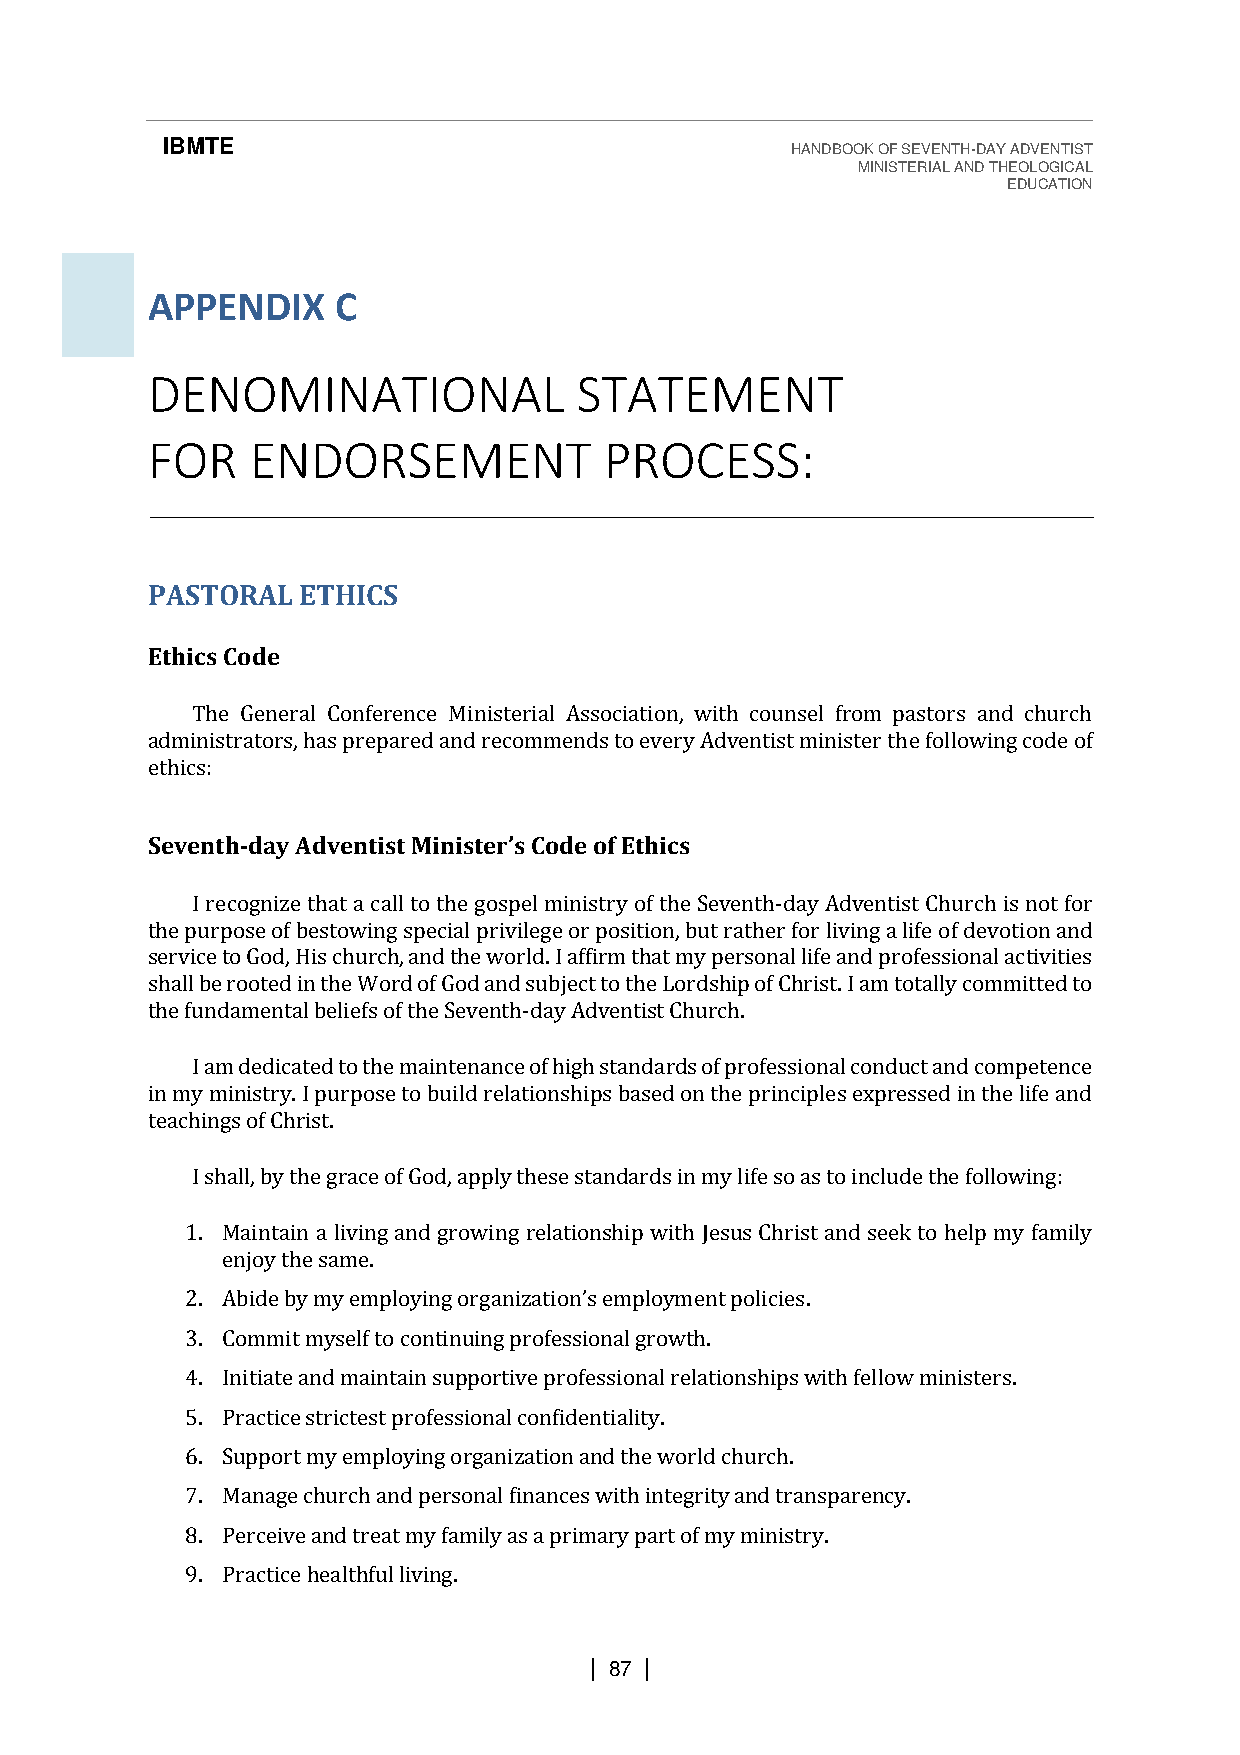
IBMTE                                    HANDBOOK OF SEVENTH-DAY ADVENTIST
 MINISTERIAL AND THEOLOGICAL
 EDUCATION
 APPENDIX    C
 DENOMINATIONAL              STATEMENT
 FOR    ENDORSEMENT            PROCESS:
 PASTORAL  ETHICS
 Ethics Code
 The General Conference Ministerial Association, with counsel from pastors and church
 administrators, has prepared and recommends to every Adventist minister the following code of
 ethics:
 Seventh-day Adventist Minister’s Code of Ethics
 I recognize that a call to the gospel ministry of the Seventh-day Adventist Church is not for
 the purpose of bestowing special privilege or position, but rather for living a life of devotion and
 service to God, His church, and the world. I affirm that my personal life and professional activities
 shall be rooted in the Word of God and subject to the Lordship of Christ. I am totally committed to
 the fundamental beliefs of the Seventh-day Adventist Church.
 I am dedicated to the maintenance of high standards of professional conduct and competence
 in my ministry. I purpose to build relationships based on the principles expressed in the life and
 teachings of Christ.
 I shall, by the grace of God, apply these standards in my life so as to include the following:
 1. Maintain a living and growing relationship with Jesus Christ and seek to help my family
 enjoy the same.
 2.                                       .
 3. Commit myself to continuing professional growth.
 Abide by my employing organization’s employment policies
 4. Initiate and maintain supportive professional relationships with fellow ministers.
 5. Practice strictest professional confidentiality.
 6. Support my employing organization and the world church.
 7. Manage church and personal finances with integrity and transparency.
 8. Perceive and treat my family as a primary part of my ministry.
 9. Practice healthful living.
 | 87 |